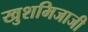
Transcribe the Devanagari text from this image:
खुशमिजाजी